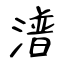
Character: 潽